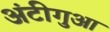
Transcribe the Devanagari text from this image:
अंटीगुआ